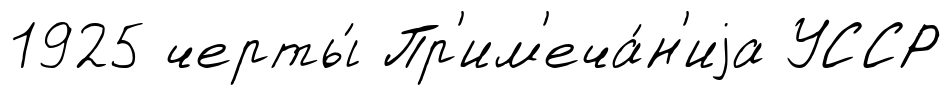
1925 черты́ Пр'им'еча́н'иjа УССР